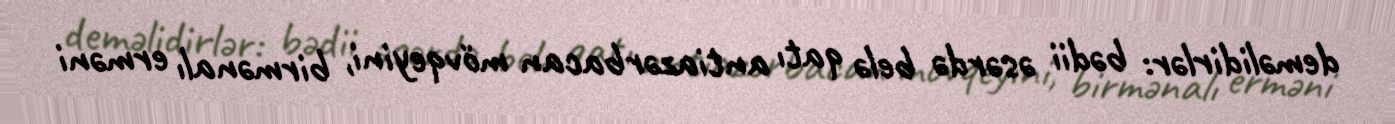
deməlidirlər: bədii əsərdə belə qatı antiazərbacan mövqeyini, birmənalı erməni